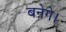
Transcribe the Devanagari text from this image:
बनेगे।